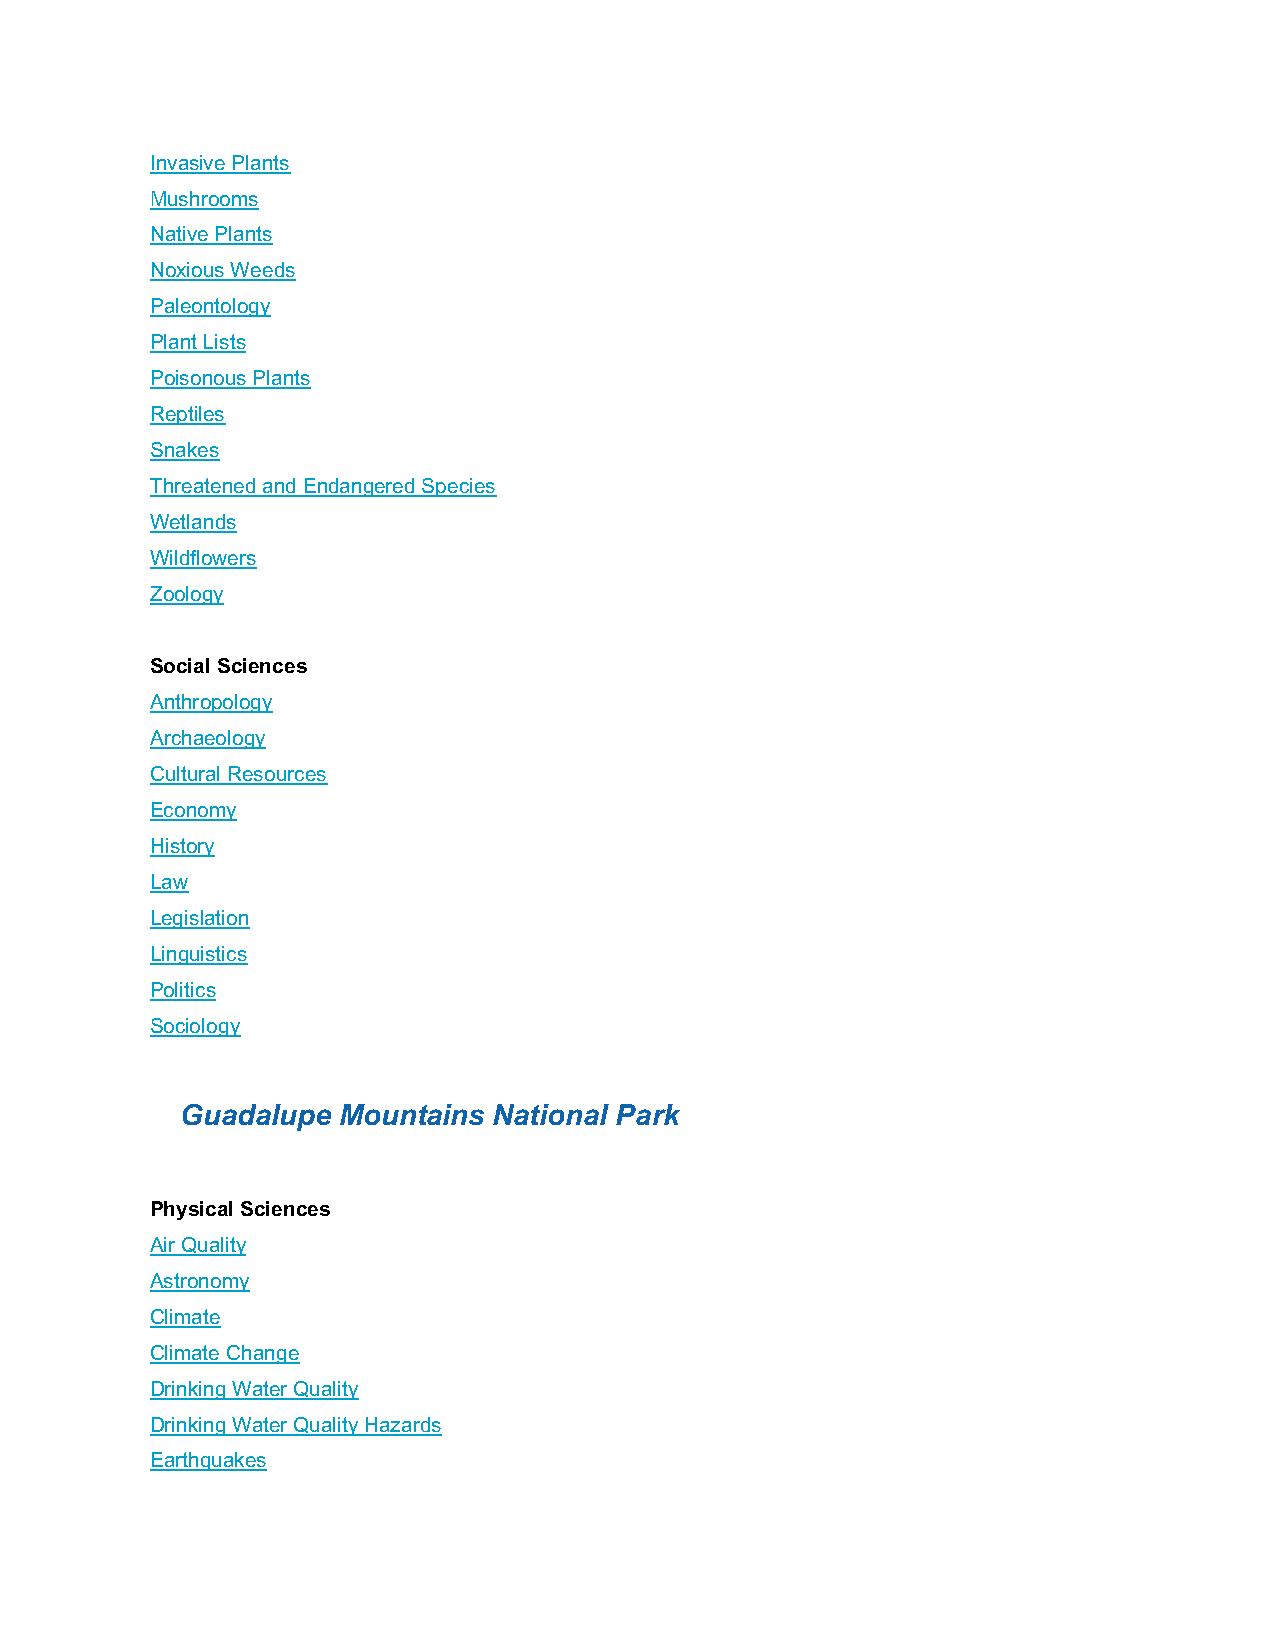
Invasive Plants
 Mushrooms
 Native Plants
 Noxious Weeds
 Paleontology
 Plant Lists
 Poisonous Plants
 Reptiles
 Snakes
 Threatened and Endangered Species
 Wetlands
 Wildflowers
 Zoology
 Social Sciences
 Anthropology
 Archaeology
 Cultural Resources
 Economy
 History
 Law
 Legislation
 Linguistics
 Politics
 Sociology
 Guadalupe Mountains  National Park
 Physical Sciences
 Air Quality
 Astronomy
 Climate
 Climate Change
 Drinking Water Quality
 Drinking Water Quality Hazards
 Earthquakes